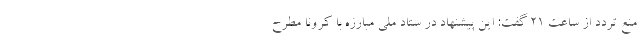
منع تردد از ساعت 21 گفت: این پیشنهاد در ستاد ملی مبارزه با کرونا مطرح